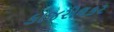
કાજરોલકર